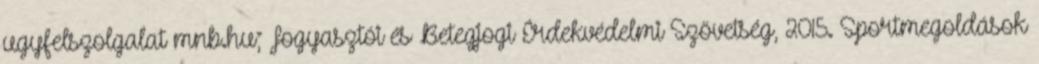
ugyfelszolgalat mnb.hu; Fogyasztói és Betegjogi Érdekvédelmi Szövetség, 2015. Sportmegoldások